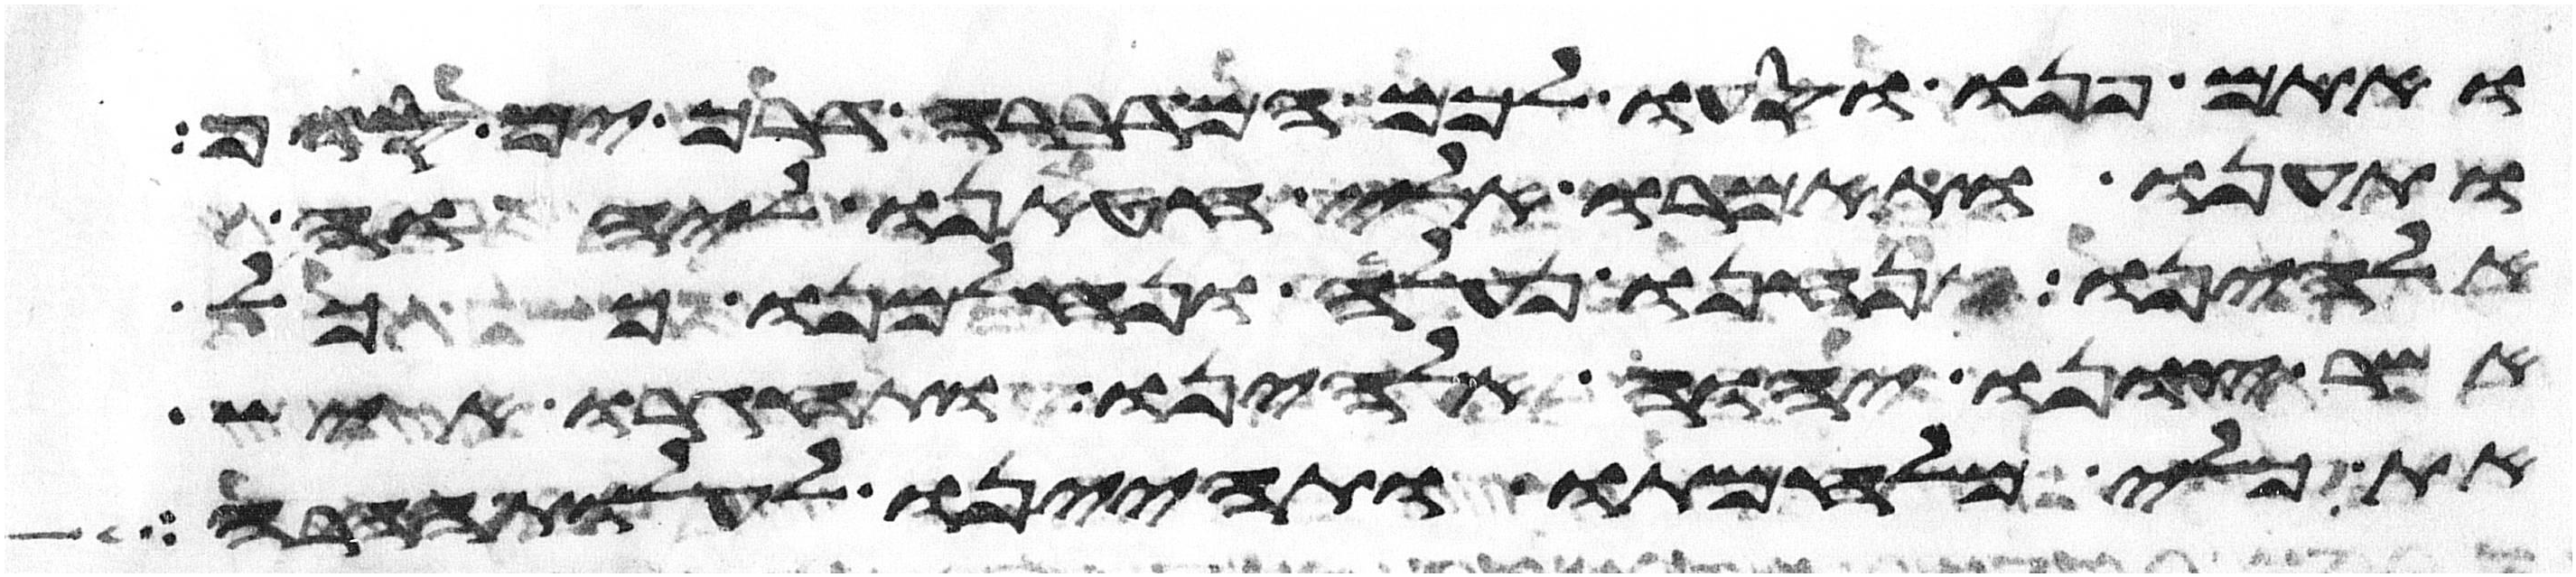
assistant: ואתם פנו וסעו לכם המדברה דרך ים סוף
ותענו ותאמרו אלי חטאנו ליהוה
אלהינו אנחנו נעלה ונלחמנו ככל
אשר צונו יהוה אלהינו ותחגרו איש
את כלי מלחמתו ותהיינו לעלות